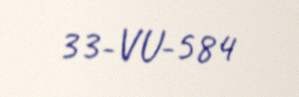
33-VU-584